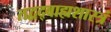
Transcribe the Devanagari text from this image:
तद्वद्बाह्यशास्त्रं